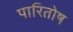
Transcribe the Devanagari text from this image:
पारितोष